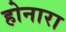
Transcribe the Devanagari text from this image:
होनारा